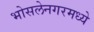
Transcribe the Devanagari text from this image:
भोसलेनगरमध्ये